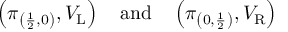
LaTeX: \left( \pi _ { \left( { \frac { 1 } { 2 } } , 0 \right) } , V _ { \mathrm { L } } \right) \quad { \mathrm { a n d } } \quad \left( \pi _ { \left( 0 , { \frac { 1 } { 2 } } \right) } , V _ { \mathrm { R } } \right)